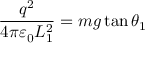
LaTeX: { \frac { q ^ { 2 } } { 4 \pi \varepsilon _ { 0 } L _ { 1 } ^ { 2 } } } = m g \tan \theta _ { 1 } \,